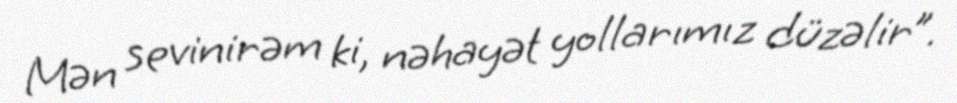
Mən sevinirəm ki, nəhayət yollarımız düzəlir”.